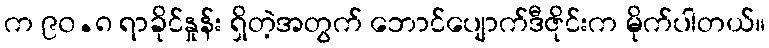
က ၉၀.၈ ရာခိုင်နှုန်း ရှိတဲ့အတွက် ဘောင်ပျောက်ဒီဇိုင်းက မိုက်ပါတယ်။